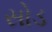
સોડ